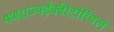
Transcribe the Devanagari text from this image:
गणराज्यईक्वीटोरियल